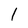
Character: l